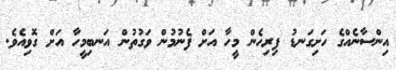
އިންސާނެއްގެ ހަށިގަނޑު ފިރިހެން މީހާ އަށް ފެނުމުން ވަގުތުން އަނބިމީހާ އަށް ގޮވިއެވެ.